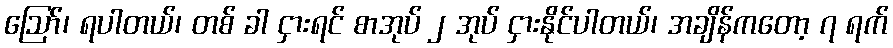
ဪ၊ ရပါတယ်၊ တစ် ခါ ငှားရင် စာအုပ် ၂ အုပ် ငှားနိုင်ပါတယ်၊ အချိန်ကတော့ ၇ ရက်